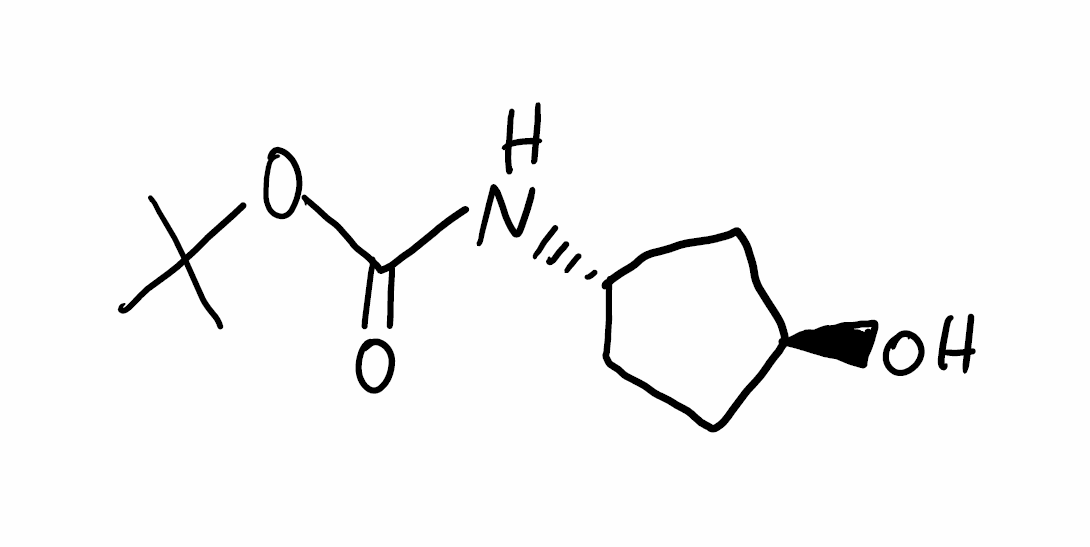
Simplified molecular-input line-entry system (SMILES) notation of the given molecule:
CC(C)(C)OC(=O)N[C@H]1CC[C@@H](C1)O